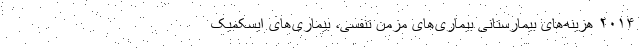
۲۰۱۴ هزینه‌های بیمارستانی بیماری‌های مزمن تنفسی، بیماری‌های ایسکمیک